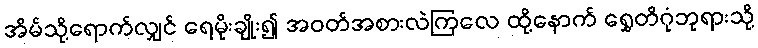
အိမ်သို့ရောက်လျှင် ရေမိုးချိုး၍ အဝတ်အစားလဲကြလေ ထို့နောက် ရွှေတိဂုံဘုရားသို့